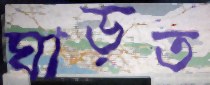
ঘাড়ত